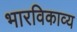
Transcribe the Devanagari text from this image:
भारविकाव्य